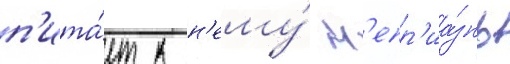
п'ита́ет к н'ему́ н'епр'иа́знь